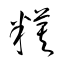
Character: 糢